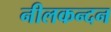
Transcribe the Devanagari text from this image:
नीलकन्दन